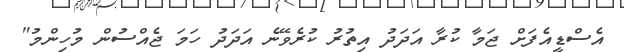
އެސްޑީއެފަށް ޖަމާ ކުރާ އަދަދު އިތުރު ކުރެވޭނެ އަދަދު ހަމަ ޖެއްސުން މުހިންމު"